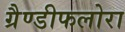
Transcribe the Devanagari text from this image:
ग्रैण्डीफलोरा